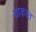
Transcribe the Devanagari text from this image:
चाकात